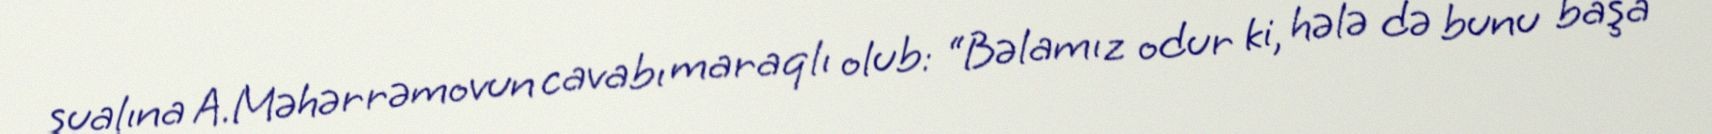
sualına A.Məhərrəmovun cavabı maraqlı olub: “Bəlamız odur ki, hələ də bunu başa